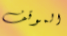
الموقف